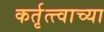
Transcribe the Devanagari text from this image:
कर्तृत्त्वाच्या